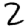
Digit: 2